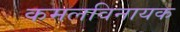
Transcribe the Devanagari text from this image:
कमलविनायक